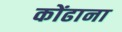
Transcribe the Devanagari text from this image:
कोंढाना